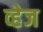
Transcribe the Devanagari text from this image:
व्हेज